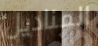
المناديل